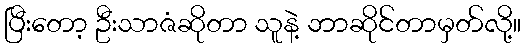
ပြီးတော့ ဦးသာဇံဆိုတာ သူနဲ့ ဘာဆိုင်တာမှတ်လို့။